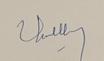
Signature authenticity: genuine